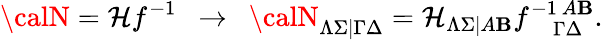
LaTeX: {\calN}=\mathcal{H}f^{-1}~~\rightarrow~~{\calN}_{\Lambda\Sigma|\Gamma\Delta}=\mathcal{H}_{\Lambda\Sigma|A\mathbf{B}}f_{~~~~~\Gamma\Delta}^{-1~A\mathbf{B}}.